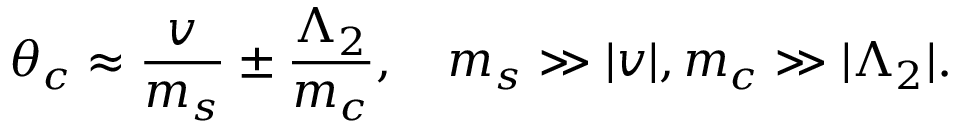
\theta _ { c } \approx \frac { v } { m _ { s } } \pm \frac { \Lambda _ { 2 } } { m _ { c } } , \quad m _ { s } \gg \vert v \vert , m _ { c } \gg \vert \Lambda _ { 2 } \vert .